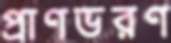
প্রাণভরণ